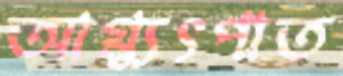
আগ্ন্যুৎপাত